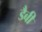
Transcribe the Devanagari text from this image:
डैबी